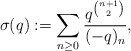
\begin{align*} \sigma(q) := \sum_{n \geq 0} \frac{q^{\binom{n+1}{2}}}{(-q)_n},\end{align*}